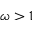
\omega > 1